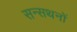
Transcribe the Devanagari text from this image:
सन्सथनों